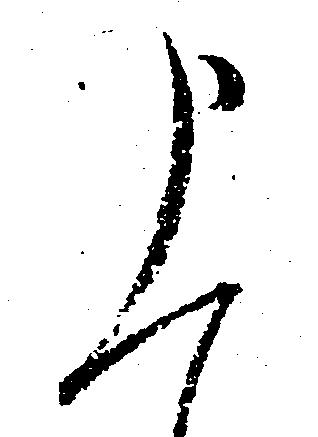
申